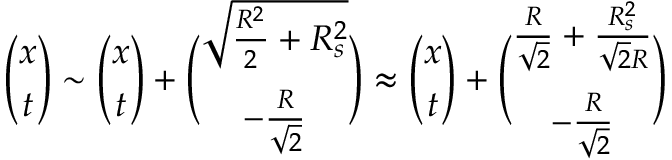
{ \binom { x } { t } } \sim { \binom { x } { t } } + { \binom { \sqrt { { \frac { R ^ { 2 } } { 2 } } + R _ { s } ^ { 2 } } } { - { \frac { R } { \sqrt { 2 } } } } } \approx { \binom { x } { t } } + { \binom { { \frac { R } { \sqrt { 2 } } } + { \frac { R _ { s } ^ { 2 } } { \sqrt { 2 } R } } } { - { \frac { R } { \sqrt { 2 } } } } }